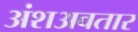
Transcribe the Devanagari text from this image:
अंशअवतार